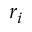
r _ { i }